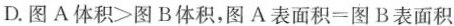
D.$$图 A 体 积 > 图 B 体 积$$，$$图 A 表 面 积 = 图 B 表 面 积$$